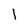
Character: 1